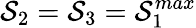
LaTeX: \mathcal{S}_{2}=\mathcal{S}_{3}=\mathcal{S}_{1}^{max}